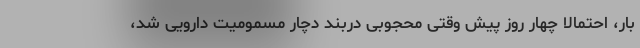
بار، احتمالاً چهار روز پیش وقتی محجوبی دربند دچار مسمومیت دارویی شد،